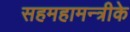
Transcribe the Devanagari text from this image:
सहमहामन्त्रीके